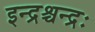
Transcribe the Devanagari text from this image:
इन्द्रश्चन्द्रः